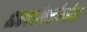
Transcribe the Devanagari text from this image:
अल्पसंख्यांकांचा